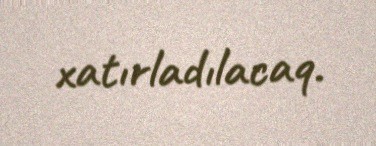
xatırladılacaq.